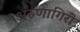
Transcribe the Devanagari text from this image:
अरुणागिरी